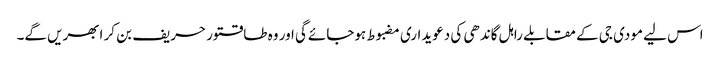
اس لیے مودی جی کے مقابلے راہل گاندھی کی دعویداری مضبوط ہوجائےگی اور وہ طاقتور حریف بن کر ابھریں گے۔